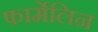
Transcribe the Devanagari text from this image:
फार्मेलिन